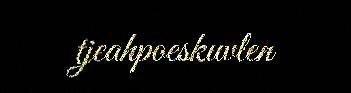
tjeahpoeskuvlen